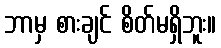
ဘာမှ စားချင် စိတ်မရှိဘူး။